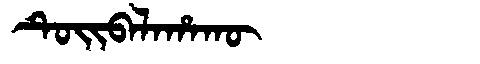
Manchu: ᡨᡠᡳᠪᠠᠯᠠᡥᠠᡴᡡ
Romanization: TUIBALAHAKŪ